Scientific memoirs by medical officers of the Army of India - Part XII,
Year: 1901
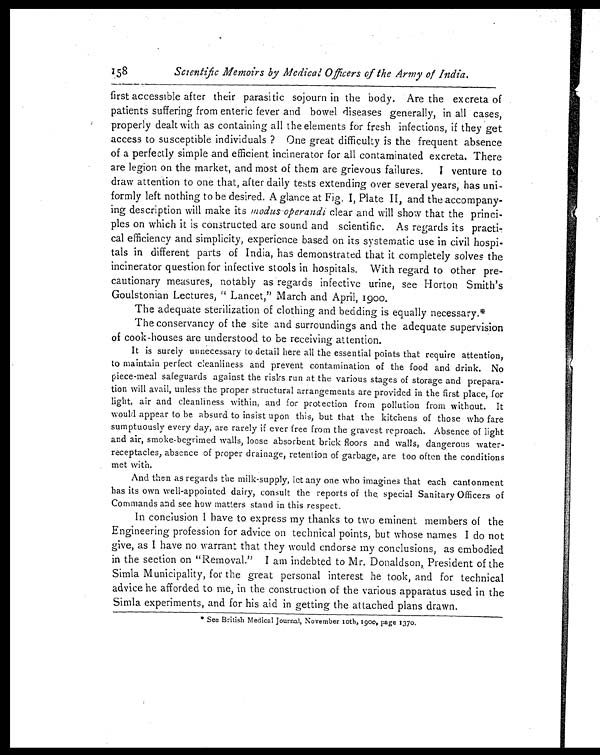
Scientific Memoirs by Medical Officers of the Army of India.
first accessible after their parasitic sojourn in the body. Are the excreta of
patients suffering from enteric fever and bowel diseases generally, in all cases,
properly dealt with as containing all the elements for fresh infections, if they get
access to susceptible individuals ? One great difficulty is the frequent absence
of a perfectly simple and efficient incinerator for all contaminated excreta, There
are legion on the market, and most of them are grievous failures. I venture to
draw attention to one that, after daily tests extending over several years; has uni-
formly left nothing to be desired. A glance at Fig, I, Plate II, and the accompany-
ing description will make its modus operandi clear and will show that the princi
-ples on which it is constructed are sound and scientific. As regards its practi-
cal efficiency and simplicity, experience based on its systematic use in civil hospi-
tals in different parts of India, has demonstrated that it completely solves the
incinerator question for infective stools in hospitals. With regard to other pre-
cautionary measures, notably as regards infective urine, see Horton Smith's
Goulstonian Lectures, "Lancet," March and April, 1900.
The adequate sterilization of clothing and bedding is equally necessary.*
The conservancy of the site and surroundings and the adequate supervision
of cook-houses are understood to be receiving attention.
It is surely unnecessary to detail here all the essential points that require attention,
to maintain perfect cleanliness and prevent contamination of the food and drink. No
piece-meal safeguards against the risks run at the various stages of storage and prepara
- t i o n w i l l a v a i l , u n l e s s t h e p r o p e r s t r u c t u r a l a r r a n g e m e n t s a r e p r o v i d e d i n t h e f i r s t p l a c e , f o r
light, air and cleanliness within, and for protection from pollution from without. It
would appear to be absurd to insist upon this, but that the kitchens of those who fare
sumptuously every day, are rarely if ever free from the gravest reproach. Absence of light
and air, smoke-begrimed walls, loose absorbent brick floors and walls, dangerous water-
receptacles, absence of proper drainage, retention of garbage, are too often the conditions
met with.
And then as regards the milk-supply, let any one who imagines that each cantonment
has its own well-appointed dairy, consult the reports of the special Sanitary Officers of
Commands and see how matters stand in this respect.
In conclusion I have to express my thanks to two eminent members of the
Engineering profession for advice on technical points, but whose names I do not
give, as I have no warrant that they would endorse my conclusions, as embodied
in the section on "Removal." I am indebted to Mr. Donaldson, President of the
Simla Municipality, for the great personal interest he took, and for technical
advice he afforded to me, in the construction of the various apparatus used in the
Simla experiments, and for his aid in getting the attached plans drawn.
* See British Medical Journal, November loth,1900, page 1370.
15 8